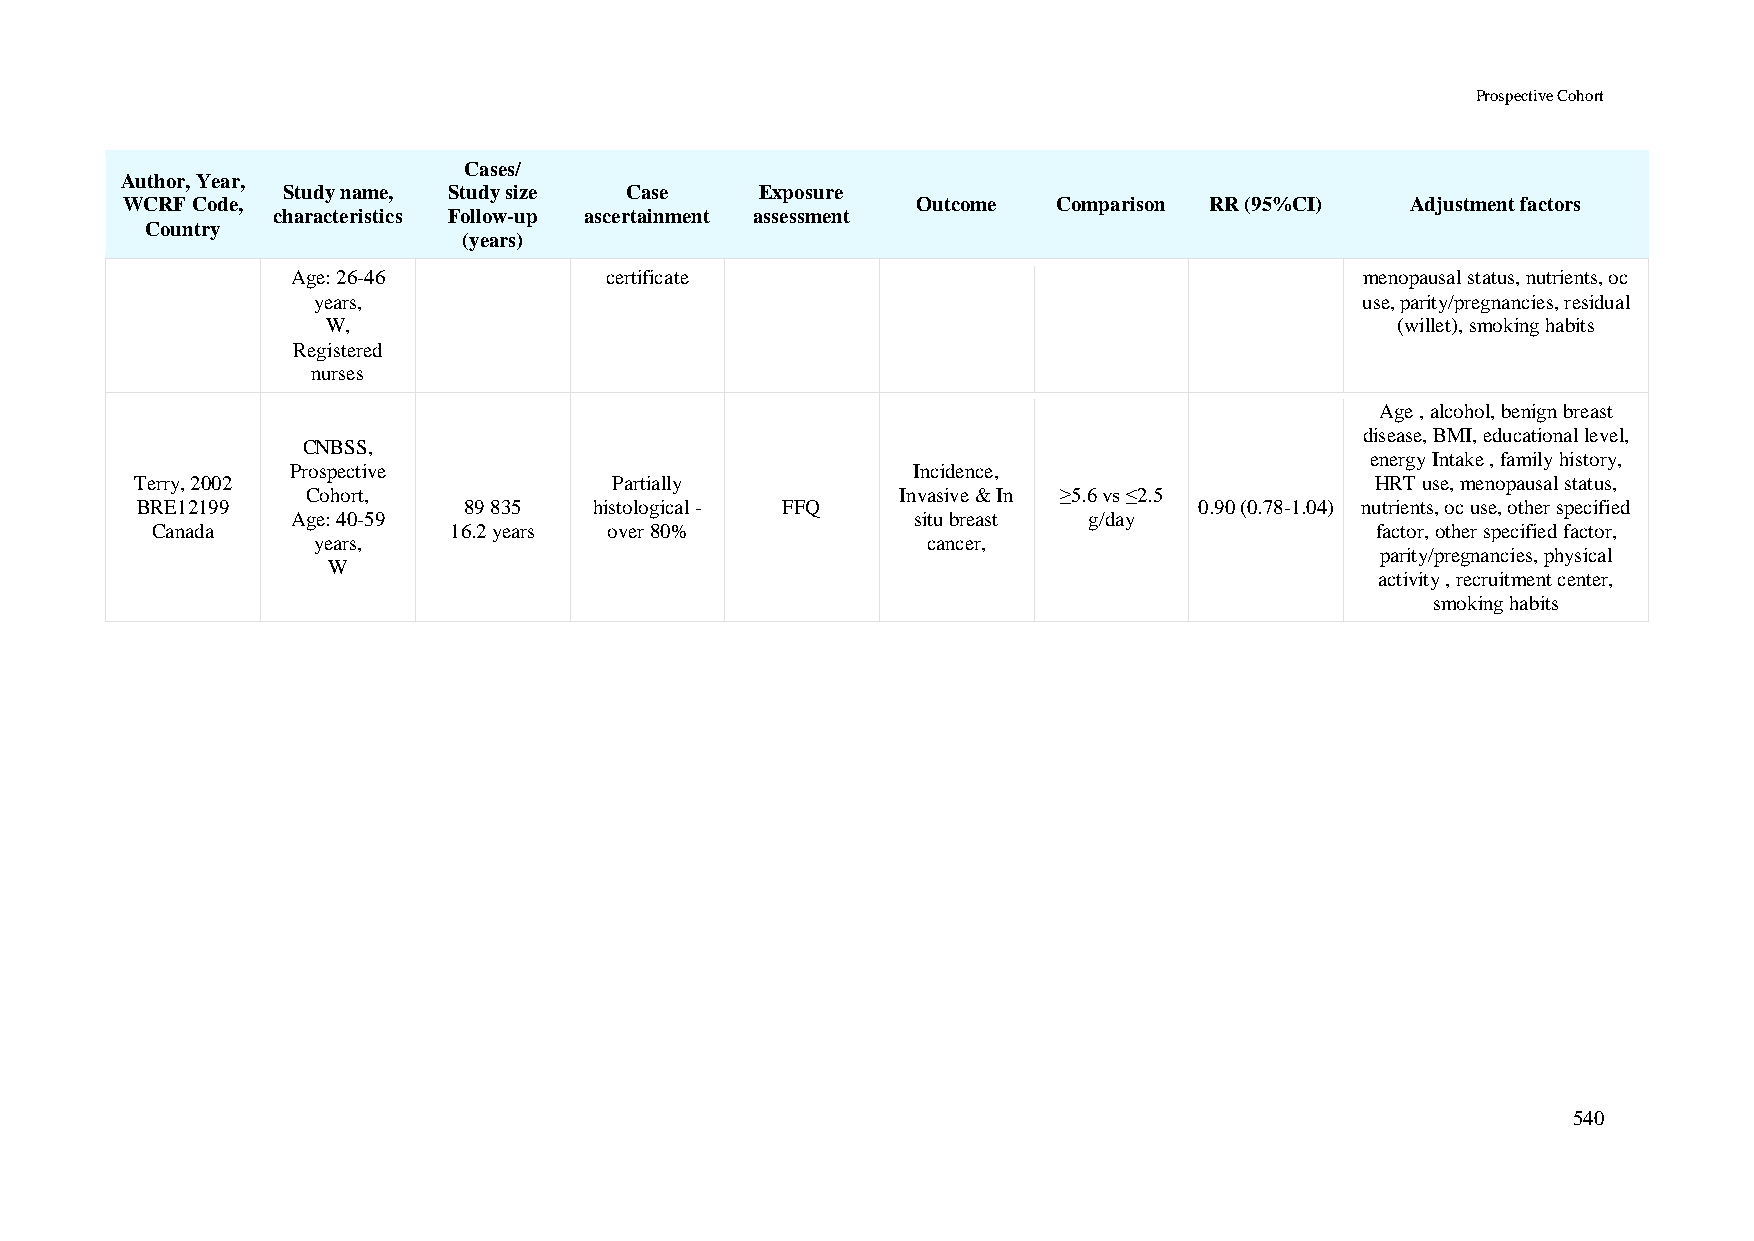
Prospective Cohort
 Cases/
 Author, Year,
 Study name, Study size Case    Exposure
 WCRF Code,                                           Outcome  Comparison RR (95%CI)  Adjustment factors
 characteristics Follow-up ascertainment assessment
 Country
 (years)
 Age: 26-46           certificate                                       menopausal status, nutrients, oc
 years,                                                               use, parity/pregnancies, residual
 W,                                                                    (willet), smoking habits
 Registered
 nurses
 Age , alcohol, benign breast
 disease, BMI, educational level,
 CNBSS,
 energy Intake , family history,
 Prospective                              Incidence,
 Terry, 2002                     Partially                                         HRT use, menopausal status,
 Cohort,                                 Invasive & In ≥5.6 vs ≤2.5
 BRE12199              89 835  histological - FFQ                      0.90 (0.78-1.04) nutrients, oc use, other specified
 Age: 40-59                               situ breast g/day
 Canada              16.2 years over 80%                                          factor, other specified factor,
 years,                                  cancer,
 parity/pregnancies, physical
 W
 activity , recruitment center,
 smoking habits
 540